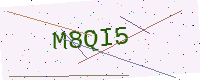
Text: M8QI5